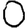
Digit: 0